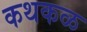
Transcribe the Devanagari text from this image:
कथकळ